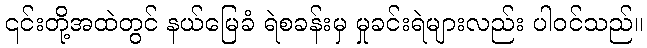
၎င်းတို့အထဲတွင် နယ်မြေခံ ရဲစခန်းမှ မှုခင်းရဲများလည်း ပါဝင်သည်။